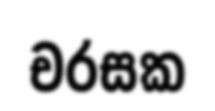
චරසක